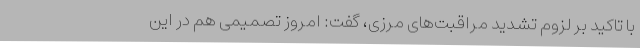
با تاکید بر لزوم تشدید مراقبت‌های مرزی، گفت: امروز تصمیمی هم در این